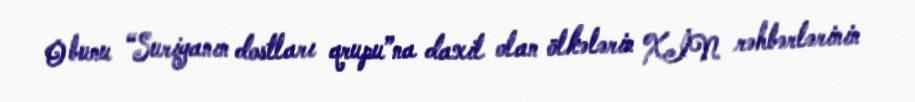
O bunu “Suriyanın dostları qrupu”na daxil olan ölkələrin XİN rəhbərlərinin